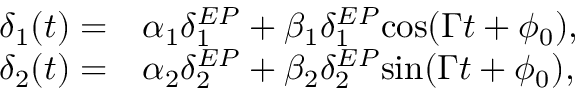
\begin{array} { r l } { \delta _ { 1 } ( t ) = } & { { } \alpha _ { 1 } \delta _ { 1 } ^ { E P } + \beta _ { 1 } \delta _ { 1 } ^ { E P } \mathrm { c o s } ( \Gamma t + \phi _ { 0 } ) , } \\ { \delta _ { 2 } ( t ) = } & { { } \alpha _ { 2 } \delta _ { 2 } ^ { E P } + \beta _ { 2 } \delta _ { 2 } ^ { E P } \mathrm { s i n } ( \Gamma t + \phi _ { 0 } ) , } \end{array}